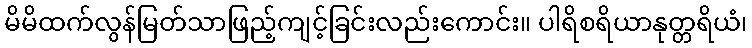
မိမိထက်လွန်မြတ်သာဖြည့်ကျင့်ခြင်းလည်းကောင်း။ ပါရိစရိယာနုတ္တရိယံ၊